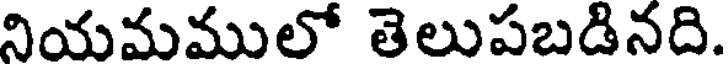
నియమములో తెలుపబడినది.